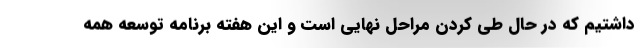
داشتیم که در حال طی کردن مراحل نهایی است و این هفته برنامه توسعه همه